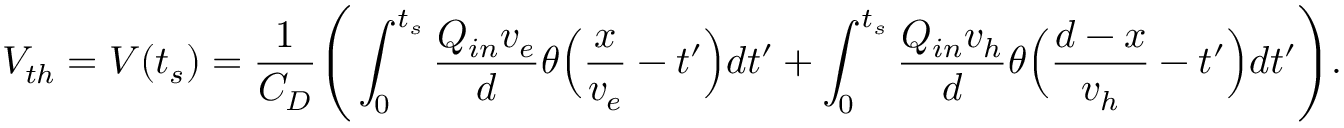
V _ { t h } = V ( t _ { s } ) = \frac { 1 } { C _ { D } } \Bigg ( \int _ { 0 } ^ { t _ { s } } \frac { Q _ { i n } v _ { e } } { d } \theta \Big ( \frac { x } { v _ { e } } - t ^ { \prime } \Big ) d t ^ { \prime } + \int _ { 0 } ^ { t _ { s } } \frac { Q _ { i n } v _ { h } } { d } \theta \Big ( \frac { d - x } { v _ { h } } - t ^ { \prime } \Big ) d t ^ { \prime } \Bigg ) .